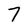
Character: 7